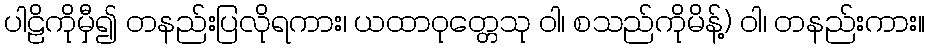
ပါဠိကိုမှီ၍ တနည်းပြလိုရကား၊ ယထာဝုတ္တေသု ဝါ၊ စသည်ကိုမိန့်) ဝါ၊ တနည်းကား။